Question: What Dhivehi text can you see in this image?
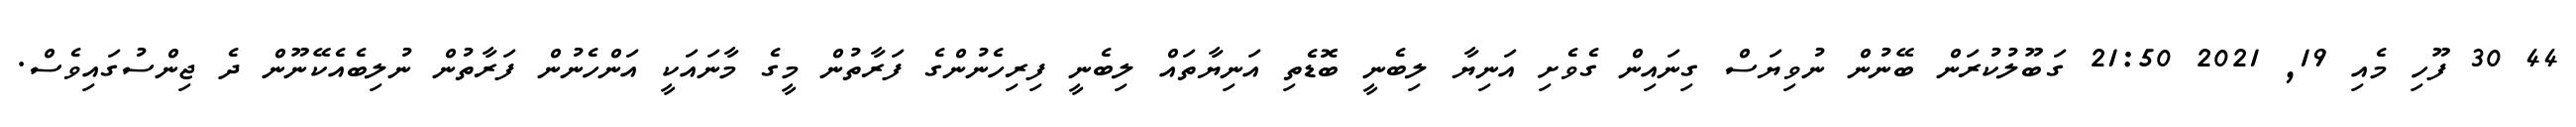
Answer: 44 30 ފޫހި މެއި 19, 2021 21:50 ގަބޫލުކުރަން ބޭނުން ނުވިޔަސް ގިނައިން ގެވެށި އަނިޔާ ލިބެނީ ބޮޑެތި އަނިޔާތައް ލިބެނީ ފިރިހެނުންގެ ފަރާތުން މީގެ މާނައަކީ އަންހެނުން ފަރާތުން ނުލިބެއެކޭނޫން ދެ ޖިންސުގައިވެސް.